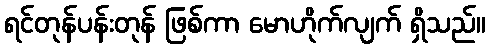
ရင်တုန်ပန်းတုန် ဖြစ်ကာ မောဟိုက်လျက် ရှိသည်။